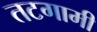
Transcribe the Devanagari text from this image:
तटगामी